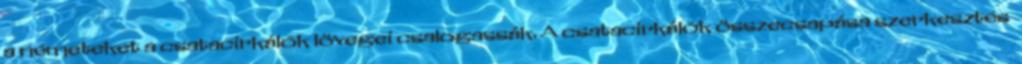
a németeket a csatacirkálók lövegei csalogassák. A csatacirkálók összecsapása szerkesztés